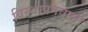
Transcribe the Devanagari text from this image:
विस्थापनवाली